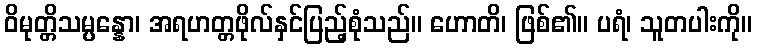
ဝိမုတ္တိသမ္ပန္နော၊ အရဟတ္တဖိုလ်နှင်ပြည့်စုံသည်။ ဟောတိ၊ ဖြစ်၏။ ပရံ၊ သူတပါးကို။